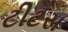
ટીટસ